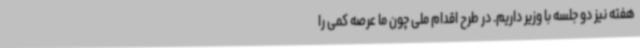
هفته نیز دو جلسه با وزیر داریم. در طرح اقدام ملی چون ما عرصه کمی را